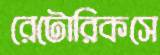
রেটোরিকসে